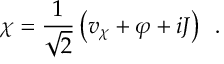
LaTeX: \chi = \frac { 1 } { \sqrt { 2 } } \left( v _ { \chi } + \varphi + i J \right) \, \, \, .